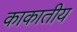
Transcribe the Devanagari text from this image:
काकातीय